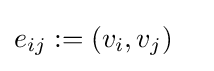
{\begin{aligned}e_{ij}&:=(v_{i},v_{j})\end{aligned}}